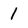
Character: 1